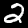
Label: 2